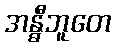
အန္ဓီဘူတေ